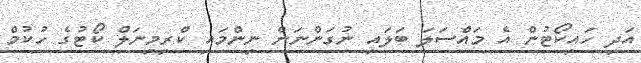
އަދި ހައިކޯޓުން އެ މައްސަލަ ބަލައި ނުގަންނަން ނިންމައި ކްރިމިނަލް ކޯޓުގެ ހުކުމް